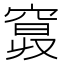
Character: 𥦦